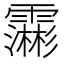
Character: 𮦺